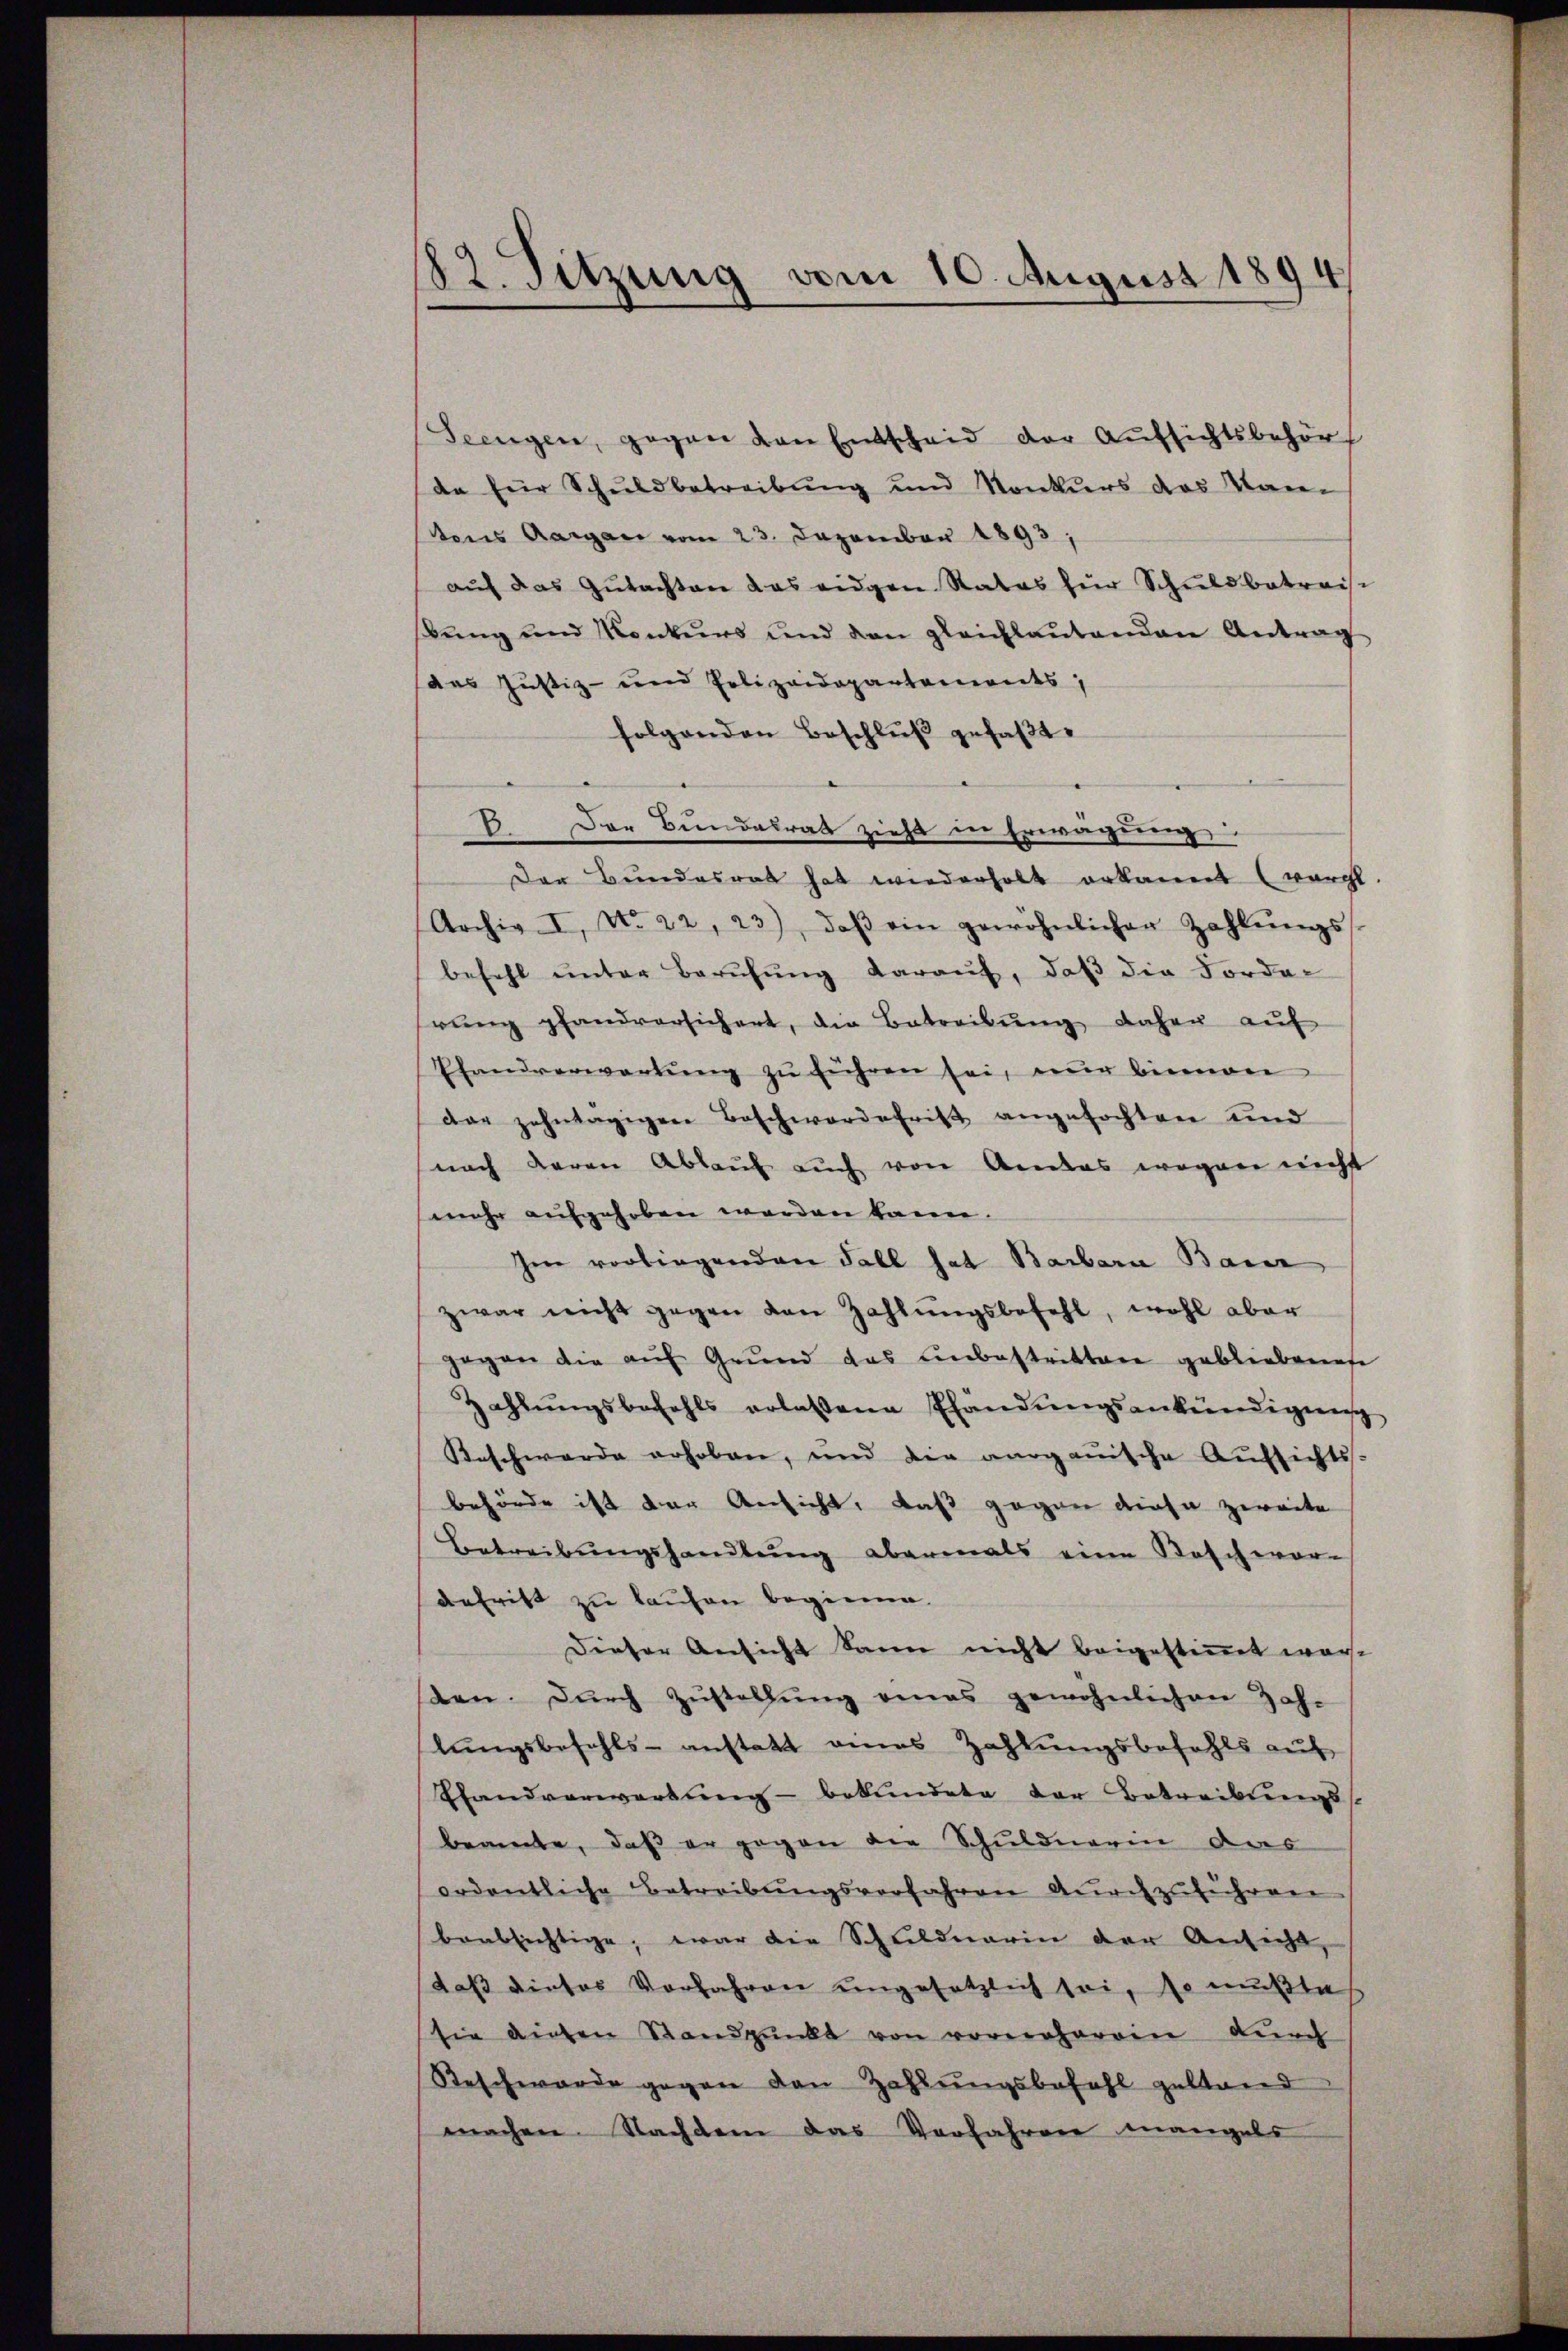
82. Sitzung vom 10. August 1894

Seengen, gegen von Entscheid der Aufsichtsbehört
de für Schuldbetreibung und Konkurs das Kan-
tons Aargau vom 23. Dezember 1893,
aŭf das Gŭtachten das eidgen Rates für Schuldbetrais-
ung und Konkurs und den gleichlaŭtenden Antrag
das Justiz- und Polizeidepartements,
folgenden Beschlŭβ gefaßt.
3. Der Bundalrat zieht in Erwägung
Der Bundesrat hat wiederholt erkannt (worcl
Archiv I, No 22, 23), daβ ein gewöhnlichen Zahlŭngs-
befehl unter Berufung darauf, daß die Forder
rŭng pfandversichert, die Betreibŭng daher aŭf
Ehandverwartŭng zŭ führen sei, nur binnen
dar zehntägigen Beschwerdefrist angefochten und
nach daran Ablauf auch von Andas wegen nicht
mehr aufgehoben werden kann.
Im vorliegenden Fall hat Barbara Baier
zwar nicht gegen den Zahlŭngsbefehl, wohl aber
gegen die auf Grund das unbestritten gebliebenese
Zahlŭngsbefehls erlassene Ehandŭngsankündigung
Beschwerde erhoben, und die aargauische Aŭfsichts-
behörde ist der Ansicht, daß gegen diese zweite
Betreibŭngshandlŭng abermals eine Raschwor-
defrist zu kaufen beginne.
Dieser Ansicht dann nicht beigestimmt worsten. Dŭrch Zŭstellŭng eines gewöhnlichen Zah-
lungsbefehls anstatt eines Zahlungsbefehls auf
Sandvorwerbung - bekundete der Betreibungs-
beamte, daß er gegen die Schuldnerin das
ordentliche Betreibŭngsverfahren dŭrchzuführen
beabsichtige, war die Schuldnerin der Ansicht,
daß dieser Vorfahren ungesetzlich sei, so mußte
sie diesen Standpunkt von vornherein durch
Beschwerde gegen den Zahlungsbefehl gestand
machen. Nachdem das Verfahren mangels